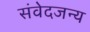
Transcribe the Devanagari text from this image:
संवेदजन्य